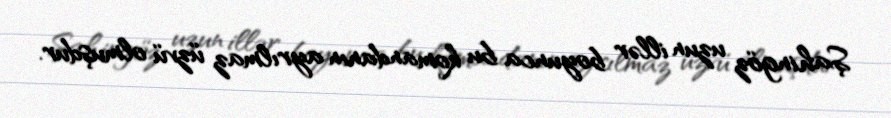
Şahingöz uzun illər boyunca bu komandanın ayrılmaz üzvü olmuşdur.